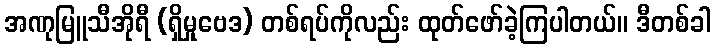
အဏုမြူသီအိုရီ (ရှိမှုဗေဒ) တစ်ရပ်ကိုလည်း ထုတ်ဖော်ခဲ့ကြပါတယ်။ ဒီတစ်ခါ